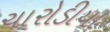
ચારોડીયા